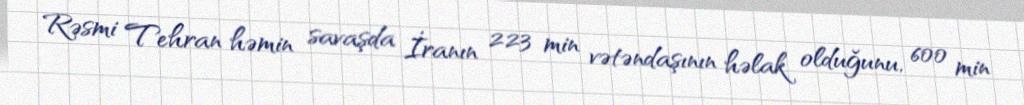
Rəsmi Tehran həmin savaşda İranın 223 min vətəndaşının həlak olduğunu, 600 min